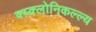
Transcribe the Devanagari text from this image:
क्य्क्लोनिकल्ल्य